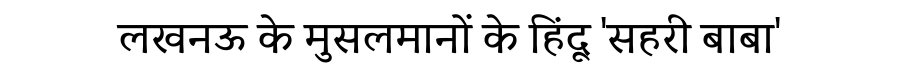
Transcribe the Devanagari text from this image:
लखनऊ के मुसलमानों के हिंदू 'सहरी बाबा'